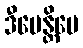
ဒီပေန္တိပေ